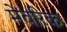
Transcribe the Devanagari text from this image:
मेवरिक